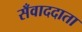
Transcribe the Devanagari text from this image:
सँवाददाता